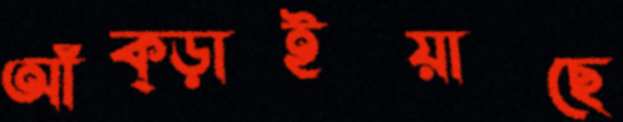
আঁক্‌ড়াইয়াছে